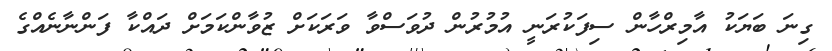
ގިނަ ބަޔަކު އާމިރްހާން ސިފަކުރަނީ އުމުރުން ދުވަސްވާ ވަރަކަށް ޒުވާންކަމަށް ދައްކާ ފަންނާނެއްގެ